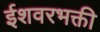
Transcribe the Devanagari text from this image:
ईशवरभक्ती